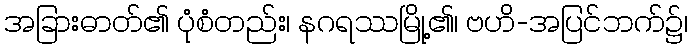
အခြားဓာတ်၏ ပုံစံတည်း၊ နဂရဿမြို့၏၊ ဗဟိ-အပြင်ဘက်၌၊